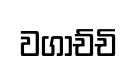
වගාච්චි